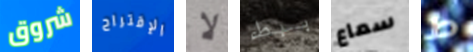
شروق الإقتراح لا ببطء سماع ط